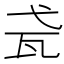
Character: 𤬩